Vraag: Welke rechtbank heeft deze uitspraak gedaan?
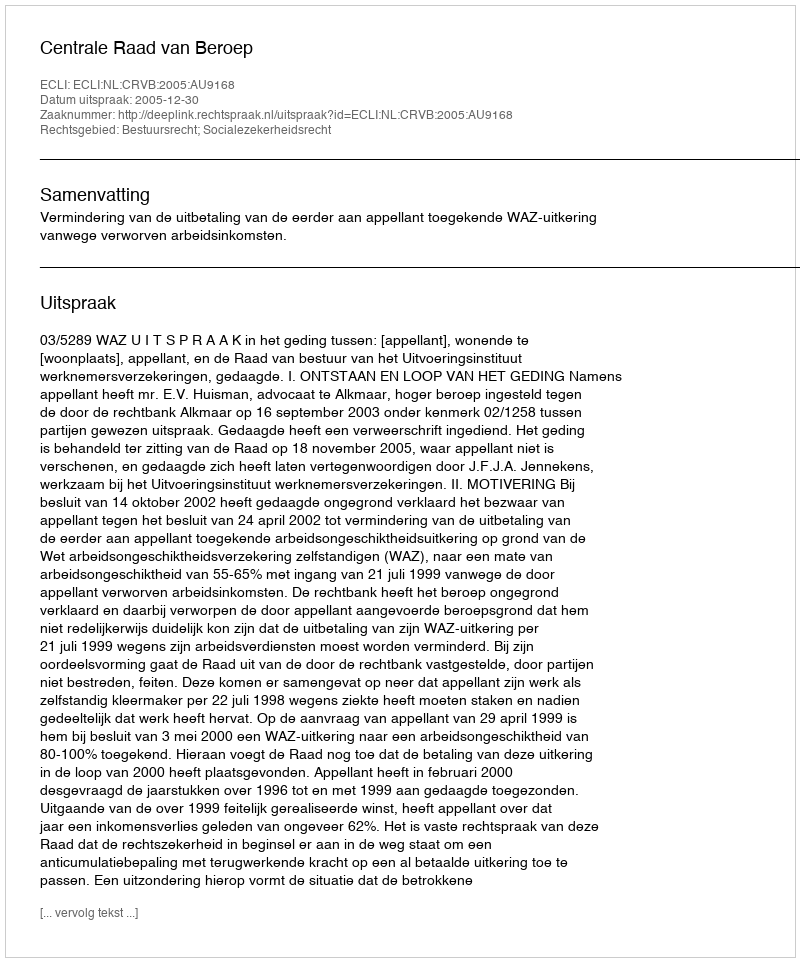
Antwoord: Centrale Raad van Beroep